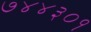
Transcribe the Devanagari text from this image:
७४४३०१